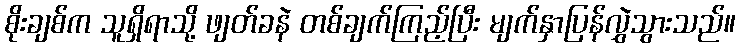
စိုးချစ်က သူရှိရာသို့ ဖျတ်ခနဲ တစ်ချက်ကြည့်ပြီး မျက်နှာပြန်လွှဲသွားသည်။